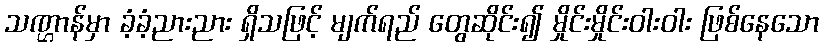
သဏ္ဌာန်မှာ ခံ့ခံ့ညားညား ရှိသဖြင့် မျက်ရည် တွေဆိုင်း၍ မှိုင်းမှိုင်းဝါးဝါး ဖြစ်နေသော